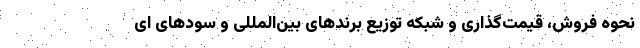
نحوه فروش، قیمت‌گذاری و شبکه توزیع برندهای بین‌المللی و سودهای ای